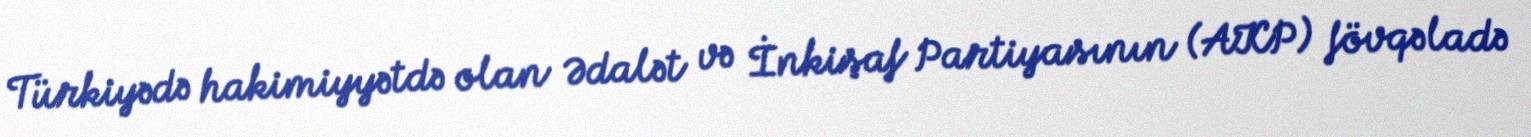
Türkiyədə hakimiyyətdə olan Ədalət və İnkişaf Partiyasının (AKP) fövqəladə